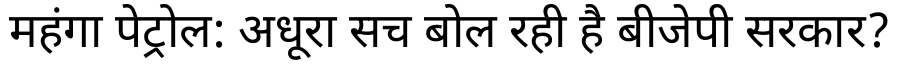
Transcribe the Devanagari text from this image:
महंगा पेट्रोल: अधूरा सच बोल रही है बीजेपी सरकार?